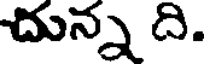
దున్న ది.